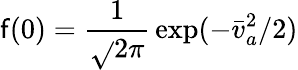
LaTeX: \mathsf{f}(0)={\frac{{1}}{{\sqrt{}{{2\pi}}}}}\exp(-\bar{{v}}_{a}^{2}/2)